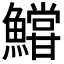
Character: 𩼝